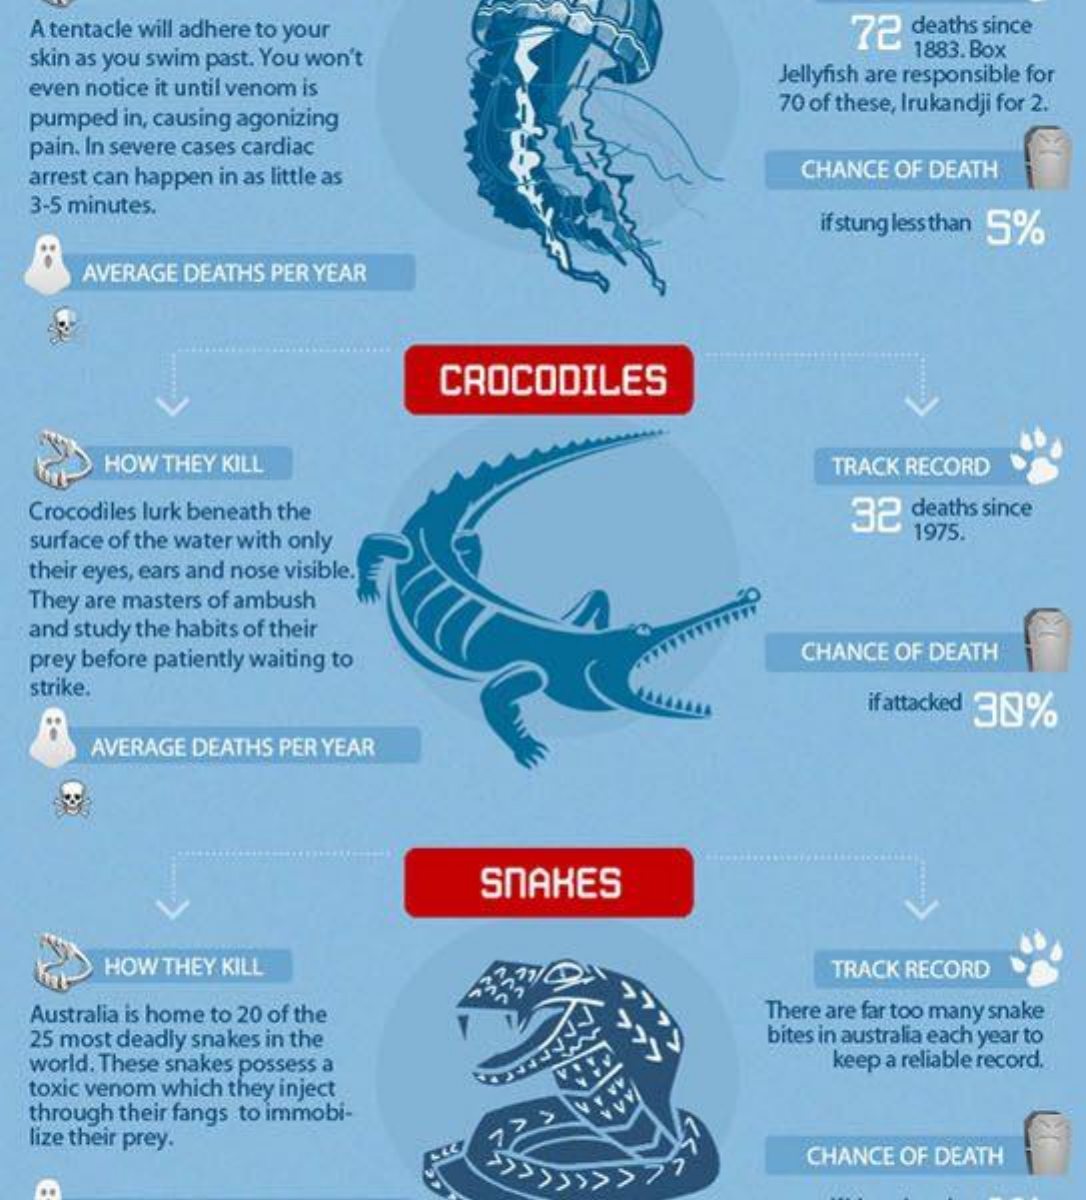
A tentacle will adhere to your    72
  skin as you swim past. You won't    1883. Box
  even notice it until venom is
     Jellyfish are responsible for
  pumped in, causing agonizing
     70 of these, Irukandji for 2.
  pain. In severe cases cardiac
  arrest can happen in as little as    CHANCE OF DEATH
  3-5 minutes.
     if stung less than 5%
    AVERAGE DEATHS PER YEAR
     CROCODILES
     HOW THEY KILL    TRACK RECORD
  Crocodiles lurk beneath the    32 deaths since
  surface of the water with only    1975.
  their eyes, ears and nose visible.
  They are masters of ambush
  and study the habits of their
  prey before patiently waiting to    CHANCE OF DEATH
  strike.
     if attacked 30%
     AVERAGE DEATHS PER YEAR
     SNAKES
     HOW THEY KILL    TRACK RECORD
  Australia is home to 20 of the    There are far too many snake
  25 most deadly snakes in the    bites in australia each year to
  world. These snakes possess a    keep a reliable record.
  toxic venom which they inject
  through their fangs to immobi-
  lize their prey.
     CHANCE OF DEATH